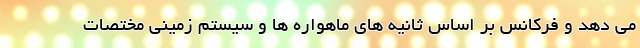
می دهد و فرکانس بر اساس ثانیه های ماهواره ها و سیستم زمینی مختصات